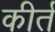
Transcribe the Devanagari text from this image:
कीर्त